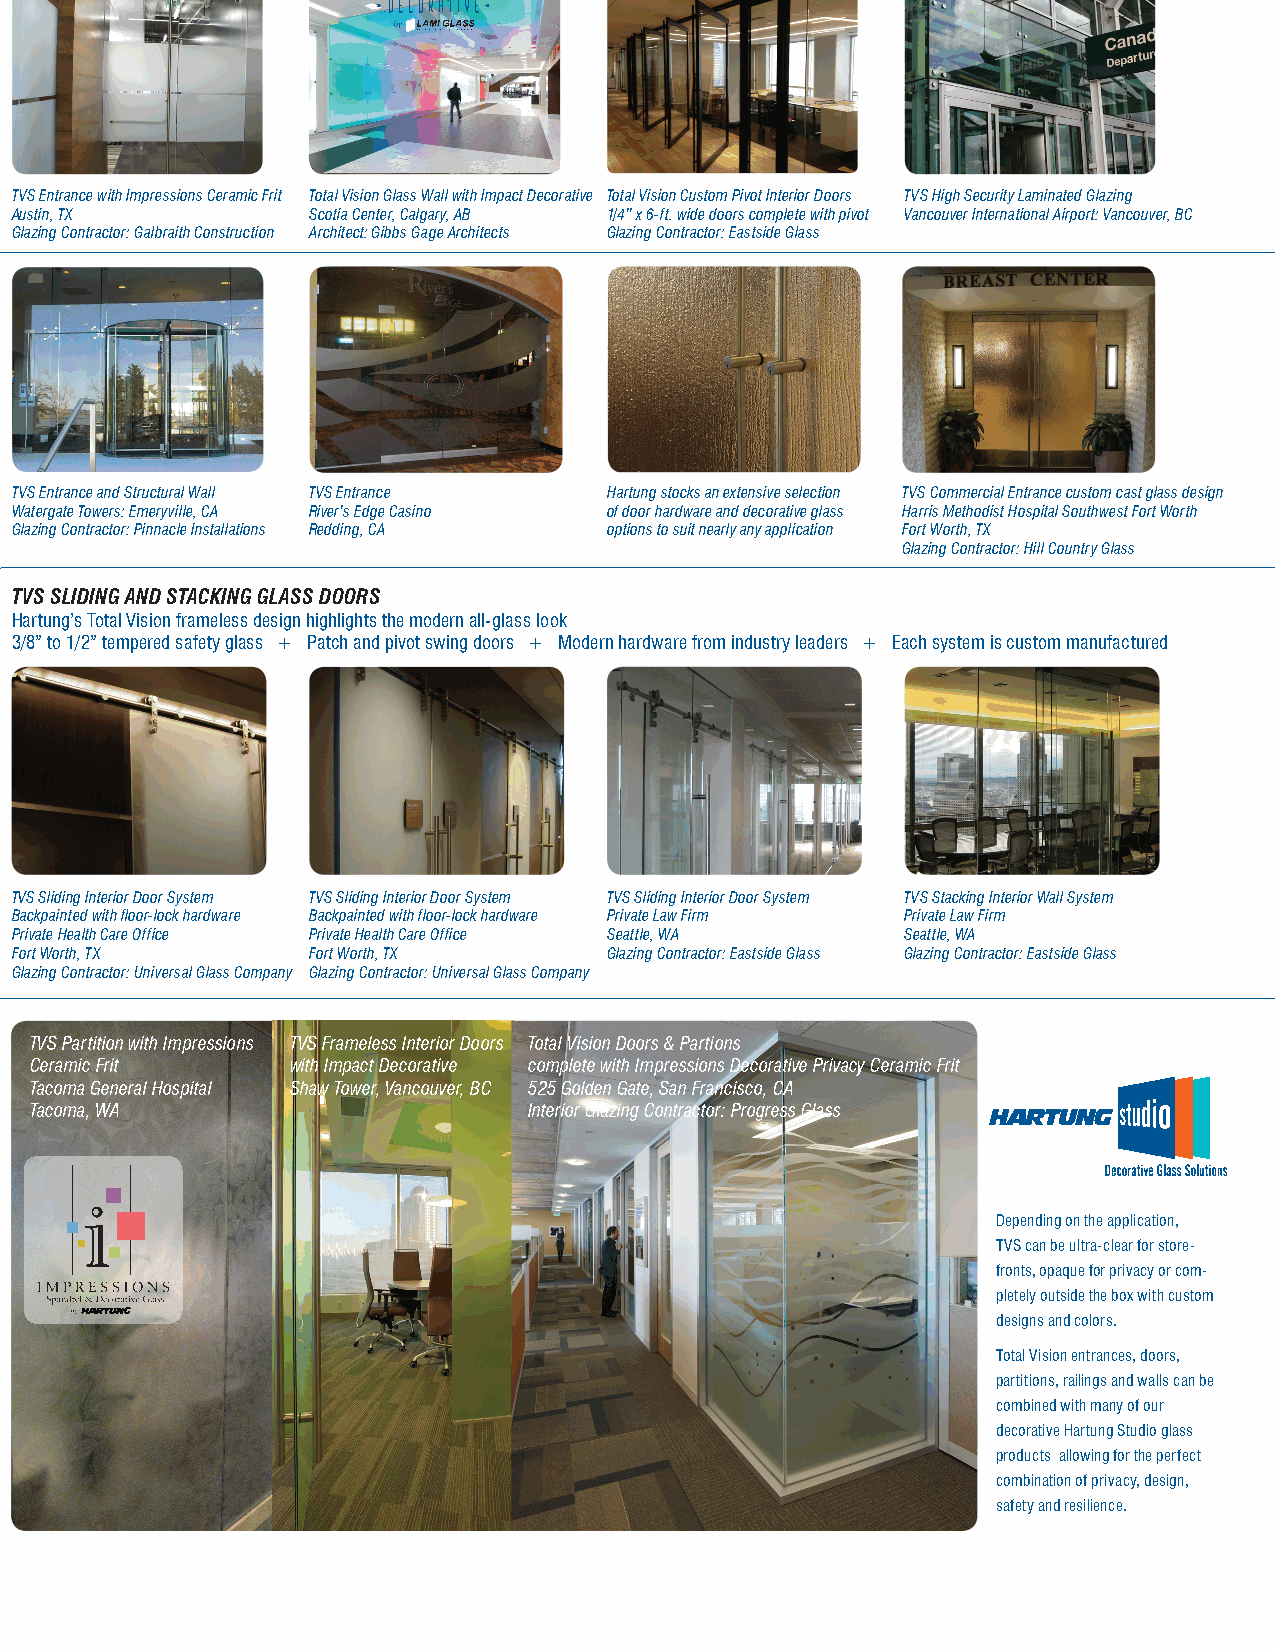
TVS Entrance with Impressions Ceramic Frit Total Vision Glass Wall with Impact Decorative Total Vision Custom Pivot Interior Doors TVS High Security Laminated Glazing
 Austin, TX         Scotia Center, Calgary, AB 1/4” x 6-ft. wide doors complete with pivot Vancouver International Airport: Vancouver, BC
 Glazing Contractor: Galbraith Construction Architect: Gibbs Gage Architects Glazing Contractor: Eastside Glass
 TVS Entrance and Structural Wall TVS Entrance Hartung stocks an extensive selection TVS Commercial Entrance custom cast glass design
 Watergate Towers: Emeryville, CA River’s Edge Casino of door hardware and decorative glass Harris Methodist Hospital Southwest Fort Worth
 Glazing Contractor: Pinnacle Installations Redding, CA options to suit nearly any application Fort Worth, TX
 Glazing Contractor: Hill Country Glass
 TVS SLIDING AND STACKING GLASS DOORS
 Hartung’s Total Vision frameless design highlights the modern all-glass look
 3/8” to 1/2” tempered safety glass + Patch and pivot swing doors + Modern hardware from industry leaders + Each system is custom manufactured
 TVS Sliding Interior Door System TVS Sliding Interior Door System TVS Sliding Interior Door System TVS Stacking Interior Wall System
 Backpainted with floor-lock hardware Backpainted with floor-lock hardware Private Law Firm Private Law Firm
 Private Health Care Office Private Health Care Office Seattle, WA Seattle, WA
 Fort Worth, TX     Fort Worth, TX      Glazing Contractor: Eastside Glass Glazing Contractor: Eastside Glass
 Glazing Contractor: Universal Glass Company Glazing Contractor: Universal Glass Company
 TVS Partition with Impressions TVS Frameless Interior Doors Total Vision Doors & Partions
 Ceramic Frit     with Impact Decorative complete with Impressions Decorative Privacy Ceramic Frit
 Tacoma General Hospital Shaw Tower, Vancouver, BC 525 Golden Gate, San Francisco, CA
 Tacoma, WA                       Interior Glazing Contractor: Progress Glass
 Depending on the application,
 TVS can be ultra-clear for store-
 fronts, opaque for privacy or com-
 pletely outside the box with custom
 designs and colors.
 Total Vision entrances, doors,
 partitions, railings and walls can be
 combined with many of our
 decorative Hartung Studio glass
 products allowing for the perfect
 combination of privacy, design,
 Select Service Supplier                                           safety and resilience.